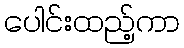
ပေါင်းထည့်ကာ